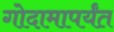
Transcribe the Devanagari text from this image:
गोदामापर्यंत